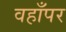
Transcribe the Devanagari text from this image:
वहाँपर